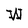
Character: W